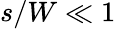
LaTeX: s/W\ll 1